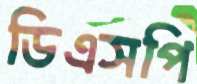
ডিএসপি